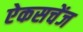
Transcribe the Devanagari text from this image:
ऐकसचेंज